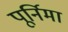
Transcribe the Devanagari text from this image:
पूर्निमा